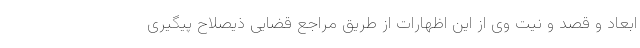
ابعاد و قصد و نیت وی از این اظهارات از طریق مراجع قضایی ذیصلاح پیگیری